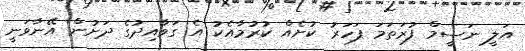
އަލީ ނަސީމް ފުރަތަމަ ފަހަރު ކުށެއް ކުރުމާއެކު އެ ގަވާއިދުގެ ދަށުން އޭނާވަނީ